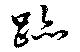
跡